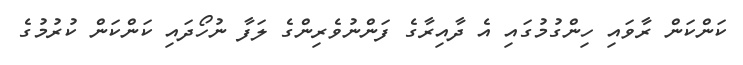
ކަންކަން ރާވައި ހިންގުމުގައި އެ ދާއިރާގެ ފަންނުވެރިންގެ ލަފާ ނުހޯދައި ކަންކަން ކުރުމުގެ